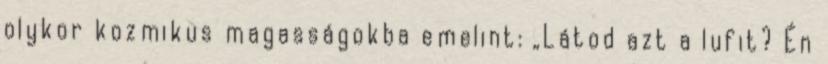
olykor kozmikus magasságokba emelint: „Látod azt a lufit? Én